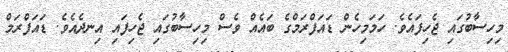
މިހިސާބުގައި ޖެހިފައެވެ. ހަމަމިހެން ޑައަފްރަމްގެ ބައެއް ވެސް މިހިސާބުގައި ޖެހިފައި އިނދެއެވެ. ޑައަފްރަމް